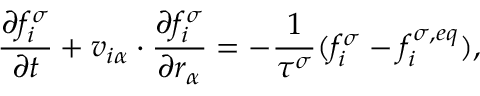
\frac { \partial f _ { i } ^ { \sigma } } { \partial t } + v _ { i \alpha } \cdot \frac { \partial f _ { i } ^ { \sigma } } { \partial r _ { \alpha } } = - \frac { 1 } { \tau ^ { \sigma } } ( f _ { i } ^ { \sigma } - f _ { i } ^ { \sigma , e q } ) ,